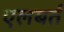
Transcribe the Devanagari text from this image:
एलबर्त